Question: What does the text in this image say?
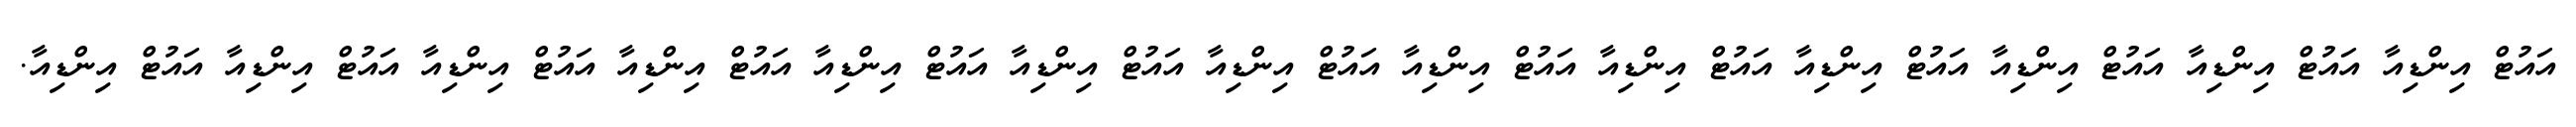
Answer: އައުޓް އިންޑިއާ އައުޓް އިންޑިއާ އައުޓް އިންޑިއާ އައުޓް އިންޑިއާ އައުޓް އިންޑިއާ އައުޓް އިންޑިއާ އައުޓް އިންޑިއާ އައުޓް އިންޑިއާ އައުޓް އިންޑިއާ އައުޓް އިންޑިއާ އައުޓް އިންޑިއާ އައުޓް އިންޑިއާ އައުޓް އިންޑިއާ.